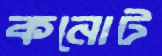
কনোট